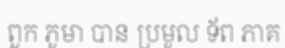
ពួក ភូមា បាន ប្រមូល ទ័ព ភាគ